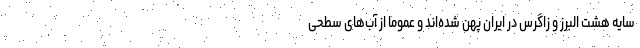
سایه هشت البرز و زاگرس در ایران پهن شده‌اند و عموما از آب‌های سطحی